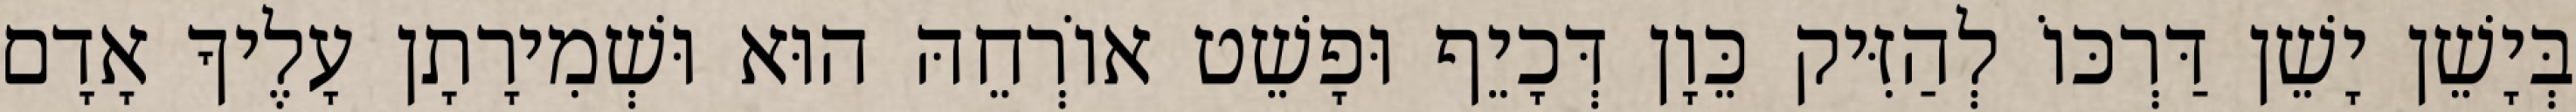
בְּיָשֵׁן יָשֵׁן דַּרְכּוֹ לְהַזִּיק כֵּוָן דְּכָיֵף וּפָשֵׁט אוֹרְחֵהּ הוּא וּשְׁמִירָתָן עָלֶיךָ אָדָם